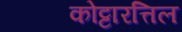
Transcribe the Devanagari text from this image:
कोट्टारत्तिल